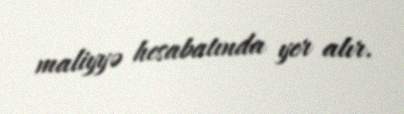
maliyyə hesabatında yer alır.